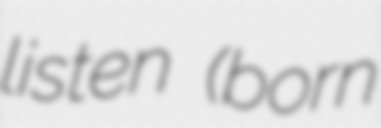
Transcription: listen (born